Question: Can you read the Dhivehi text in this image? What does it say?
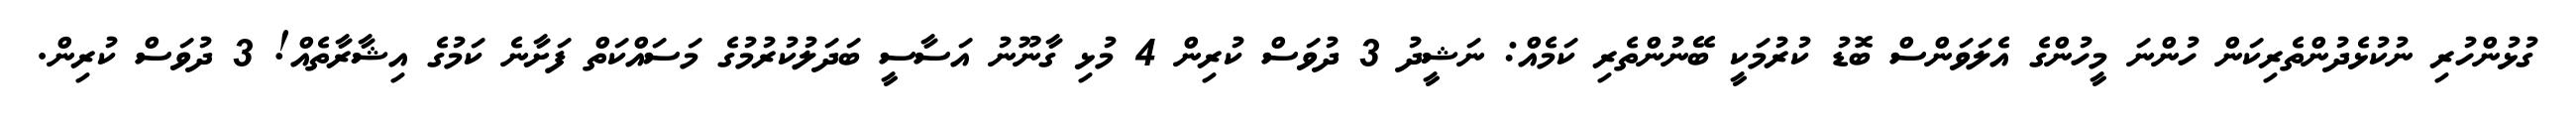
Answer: ގުޅުންހުރި ނުކުޅެދުންތެރިކަން ހުންނަ މީހުންގެ އެލަވަންސް ބޮޑު ކުރުމަކީ ބޭނުންތެރި ކަމެއް: ނަޝީދު 3 ދުވަސް ކުރިން 4 މުޅި ގާނޫނު އަސާސީ ބަދަލުކުރުމުގެ މަސައްކަތް ފަށާނެ ކަމުގެ އިޝާރާތެއް! 3 ދުވަސް ކުރިން.